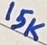
Text: 15K